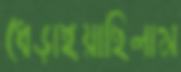
ধেড়াইয়াছিলাম